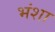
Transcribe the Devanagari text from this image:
भंशा